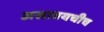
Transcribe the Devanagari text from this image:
असावयचीच